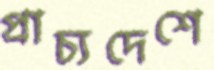
প্রাচ্যদেশে